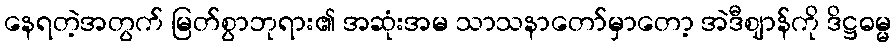
နေရတဲ့အတွက် မြတ်စွာဘုရား၏ အဆုံးအမ သာသနာတော်မှာတော့ အဲဒီဈာန်ကို ဒိဋ္ဌဓမ္မ